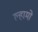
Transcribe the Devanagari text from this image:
ल्हामो